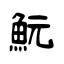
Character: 魭